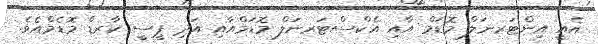
އެއީ އިންޓަރނަލް މޮޑަމް އާއި އެކްސްޓަރނަލް މޮޑަމްއާއި އަދި ޕީސީ ކާރޑް މޮޑެމްއެވެ.